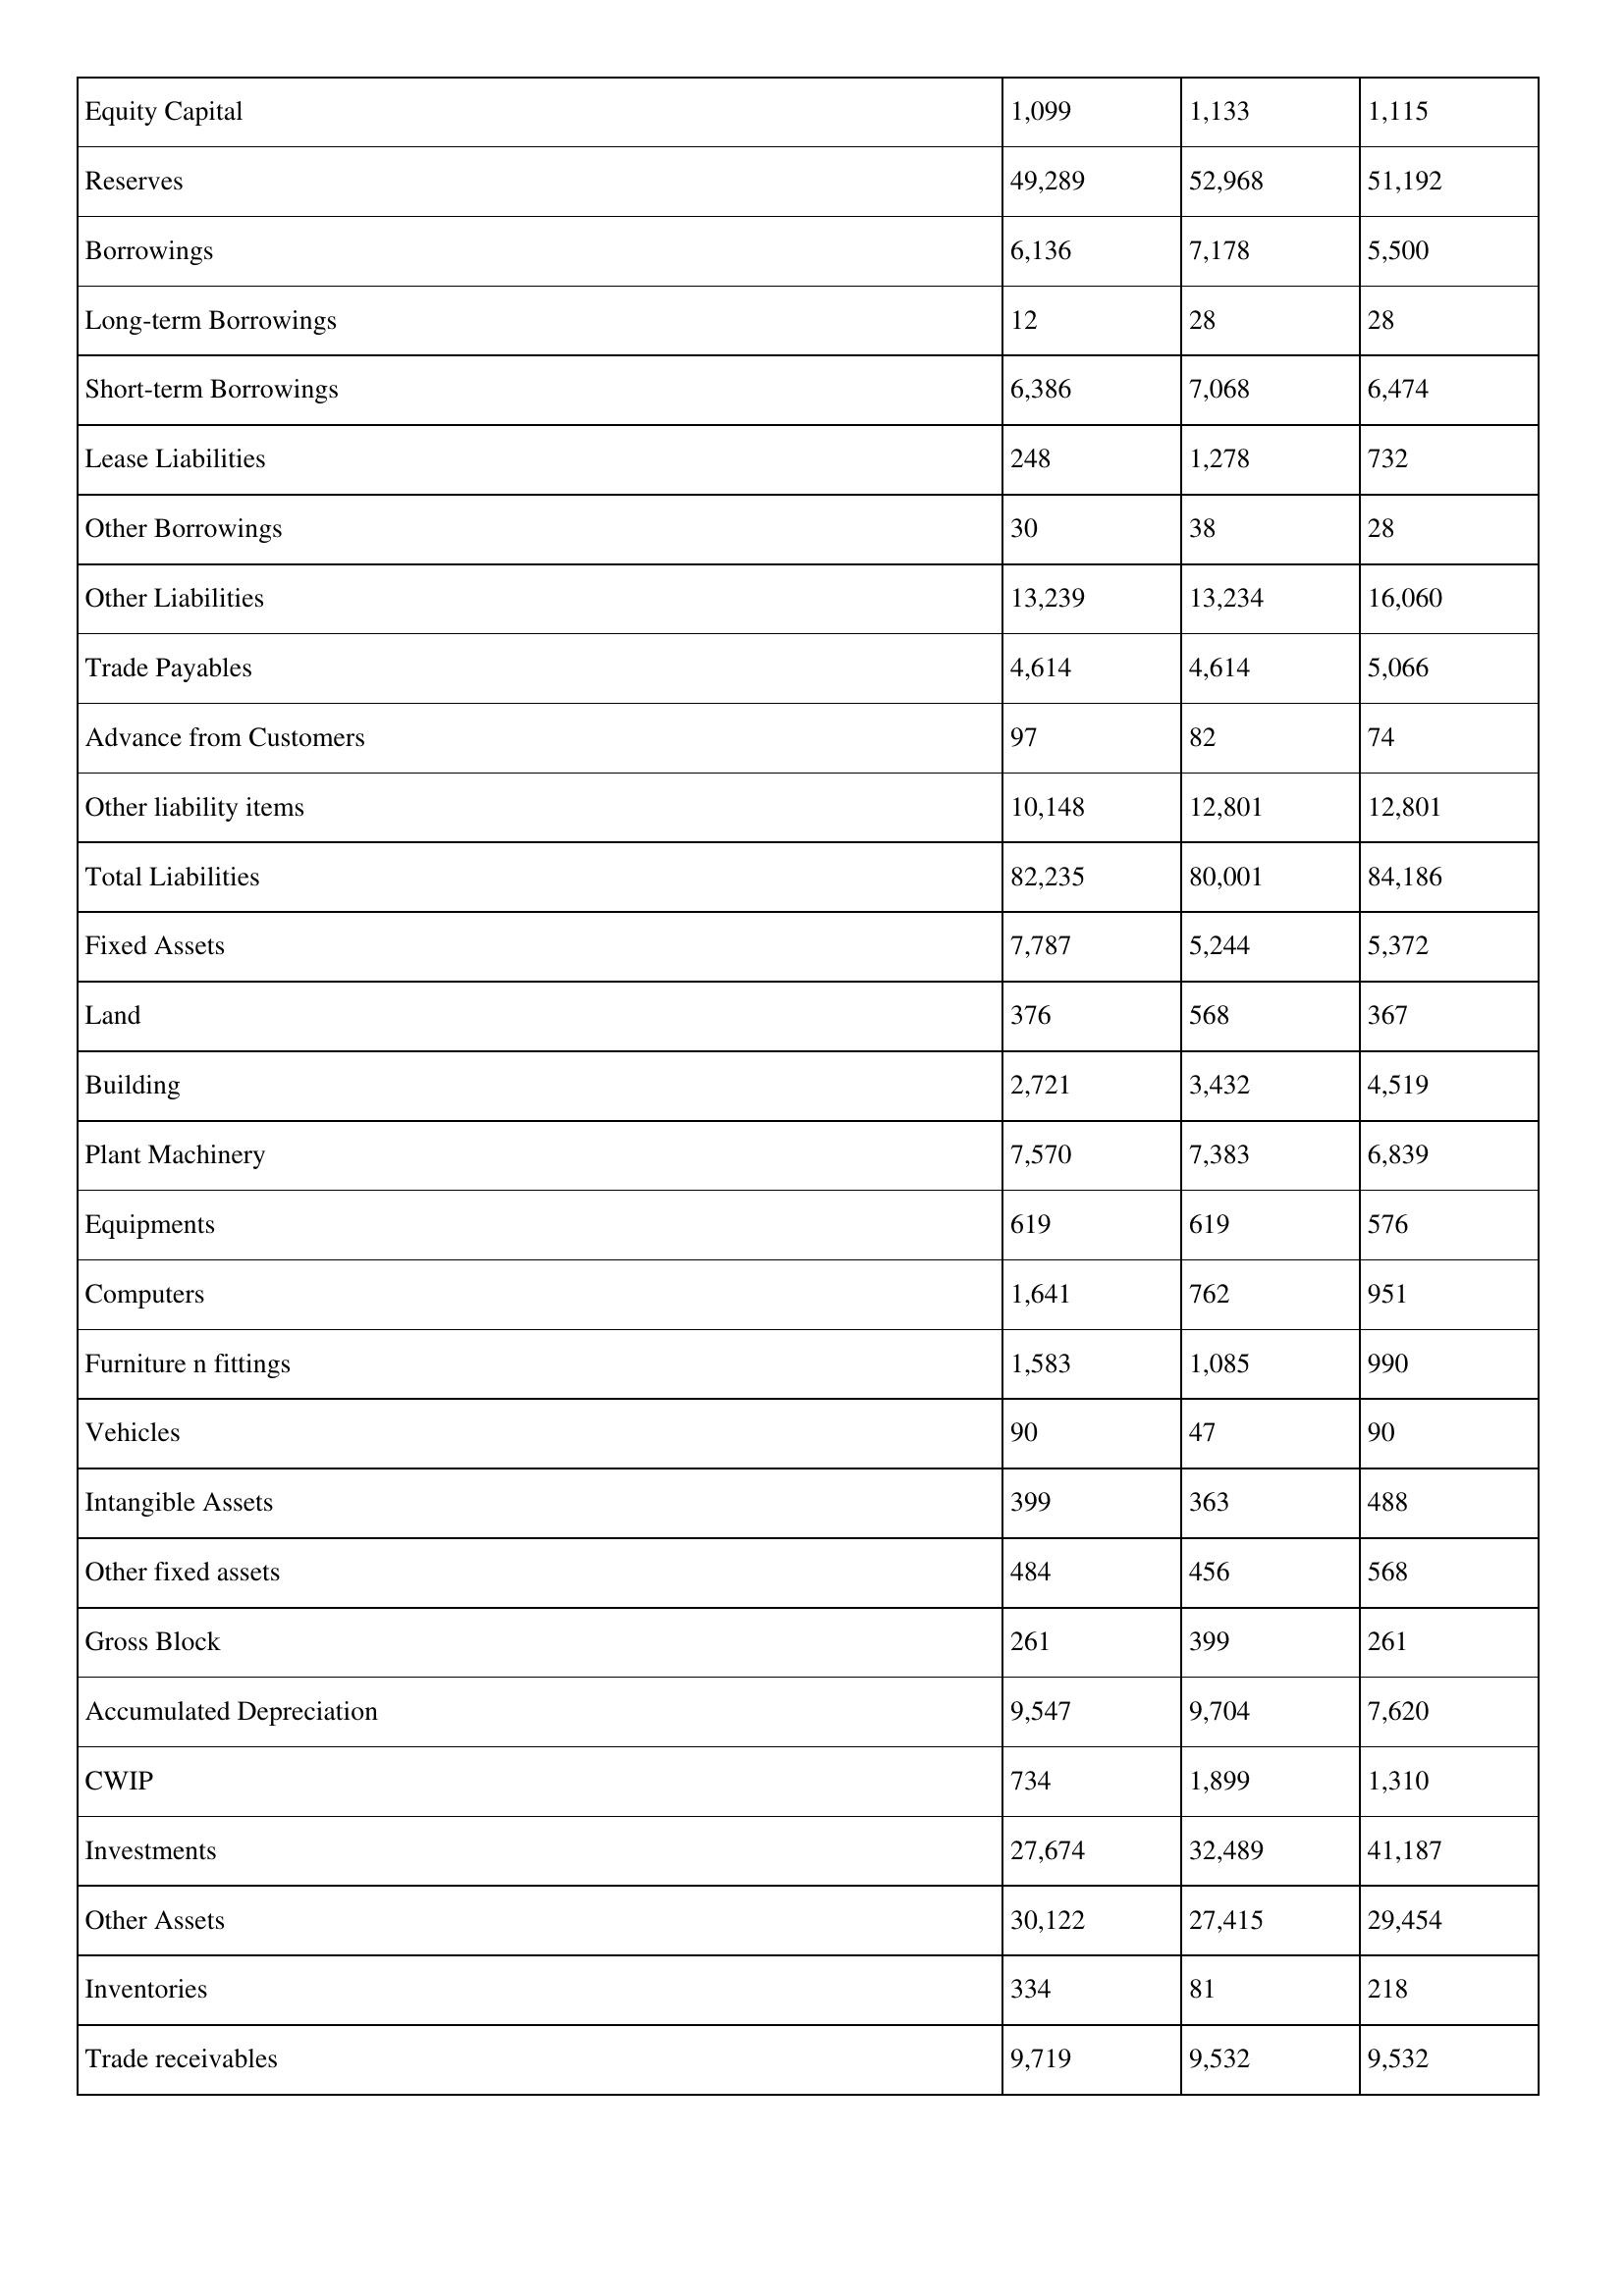
gt_parse: 2008: Balance Sheet: Equity Capital: 1,099
Reserves: 49,289
Borrowings: 6,136
Long-term Borrowings: 12
Short-term Borrowings: 6,386
Lease Liabilities: 248
Other Borrowings: 30
Other Liabilities: 13,239
Trade Payables: 4,614
Advance from Customers: 97
Other liability items: 10,148
Total Liabilities: 82,235
Fixed Assets: 7,787
Land: 376
Building: 2,721
Plant Machinery: 7,570
Equipments: 619
Computers: 1,641
Furniture n fittings: 1,583
Vehicles: 90
Intangible Assets: 399
Other fixed assets: 484
Gross Block: 261
Accumulated Depreciation: 9,547
CWIP: 734
Investments: 27,674
Other Assets: 30,122
Inventories: 334
Trade receivables: 9,719
2007: Balance Sheet: Equity Capital: 1,133
Reserves: 52,968
Borrowings: 7,178
Long-term Borrowings: 28
Short-term Borrowings: 7,068
Lease Liabilities: 1,278
Other Borrowings: 38
Other Liabilities: 13,234
Trade Payables: 4,614
Advance from Customers: 82
Other liability items: 12,801
Total Liabilities: 80,001
Fixed Assets: 5,244
Land: 568
Building: 3,432
Plant Machinery: 7,383
Equipments: 619
Computers: 762
Furniture n fittings: 1,085
Vehicles: 47
Intangible Assets: 363
Other fixed assets: 456
Gross Block: 399
Accumulated Depreciation: 9,704
CWIP: 1,899
Investments: 32,489
Other Assets: 27,415
Inventories: 81
Trade receivables: 9,532
2006: Balance Sheet: Equity Capital: 1,115
Reserves: 51,192
Borrowings: 5,500
Long-term Borrowings: 28
Short-term Borrowings: 6,474
Lease Liabilities: 732
Other Borrowings: 28
Other Liabilities: 16,060
Trade Payables: 5,066
Advance from Customers: 74
Other liability items: 12,801
Total Liabilities: 84,186
Fixed Assets: 5,372
Land: 367
Building: 4,519
Plant Machinery: 6,839
Equipments: 576
Computers: 951
Furniture n fittings: 990
Vehicles: 90
Intangible Assets: 488
Other fixed assets: 568
Gross Block: 261
Accumulated Depreciation: 7,620
CWIP: 1,310
Investments: 41,187
Other Assets: 29,454
Inventories: 218
Trade receivables: 9,532